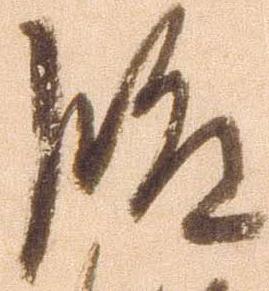
段